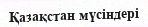
Қазақстан мүсіндері